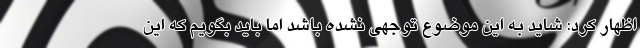
اظهار کرد: شاید به این موضوع توجهی نشده باشد اما باید بگویم که این